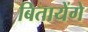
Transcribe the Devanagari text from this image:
बितायेंगे